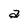
Character: a